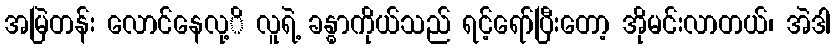
အမြဲတန်း လောင်နေလု့ိ လူရဲ့ ခန္ဓာကိုယ်သည် ရင့်ရော်ပြီးတော့ အိုမင်းလာတယ်၊ အဲဒါ